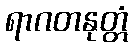
ရာဂတနုတ္တံ